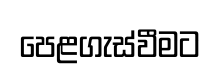
පෙළගැස්වීමට